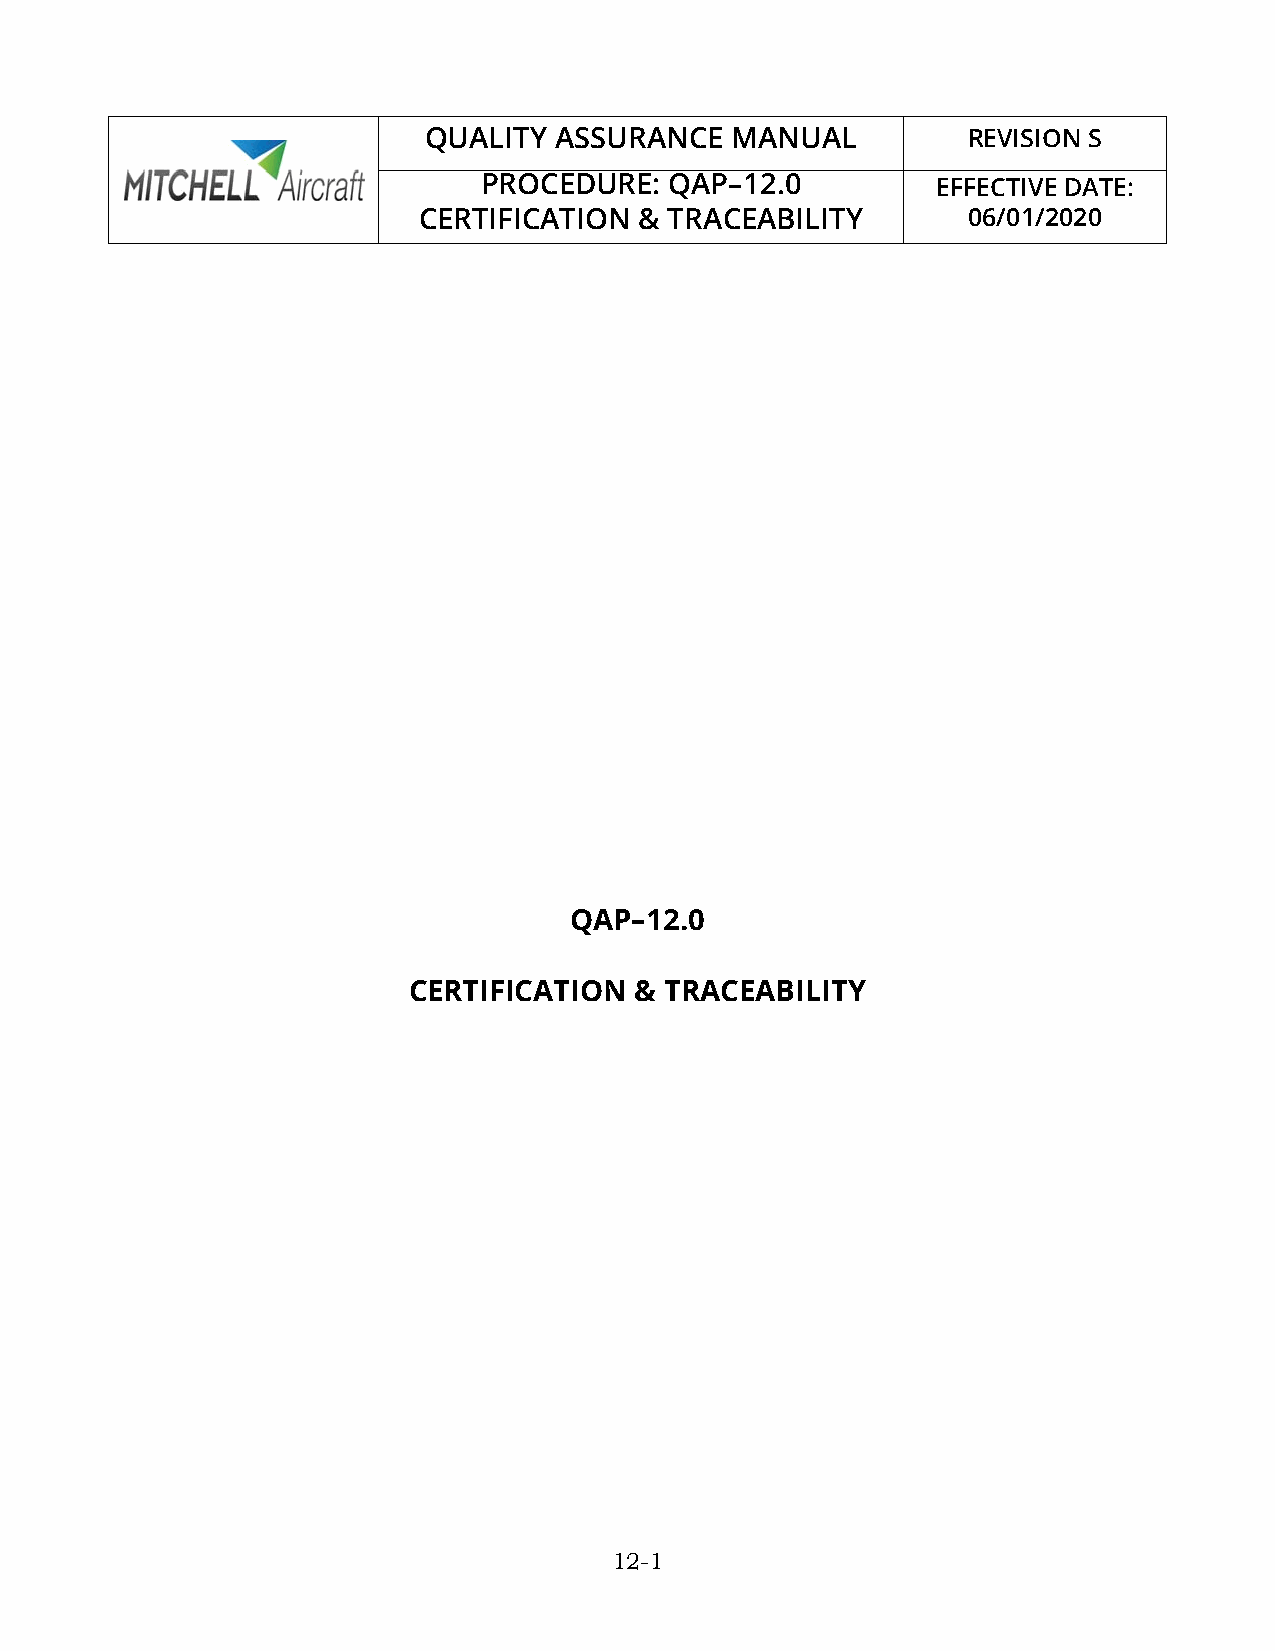
QUALITY  ASSURANCE  MANUAL          REVISION S
 PROCEDURE:  QAP–12.0          EFFECTIVE DATE:
 CERTIFICATION & TRACEABILITY        06/01/2020
 QAP–12.0
 CERTIFICATION  & TRACEABILITY
 12-1